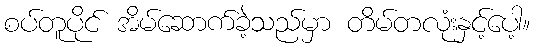
စပ်တူပိုင် အိမ်ဆောက်ခဲ့သည်မှာ တိမ်တလုံးနှင့်ပေါ့။